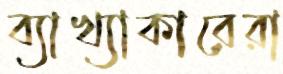
ব্যাখ্যাকারেরা